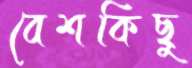
বেশকিছু